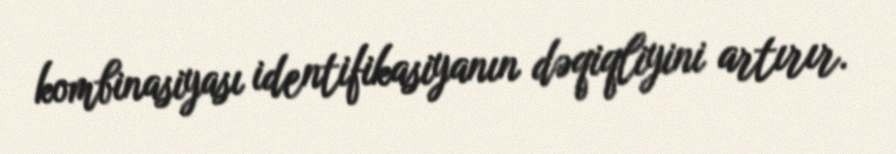
kombinasiyası identifikasiyanın dəqiqliyini artırır.